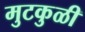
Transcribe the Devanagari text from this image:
मुटकुळी